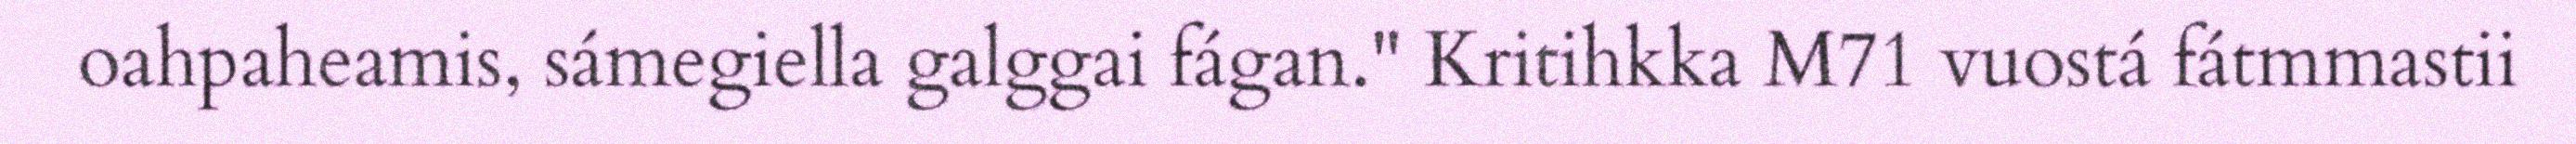
oahpaheamis, sámegiella galggai fágan." Kritihkka M71 vuostá fátmmastii